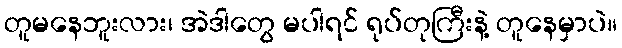
တူမနေဘူးလား၊ အဲဒါတွေ မပါရင် ရုပ်တုကြီးနဲ့ တူနေမှာပဲ။